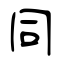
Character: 同